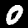
Digit: 0